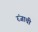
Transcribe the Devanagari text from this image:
रंजाची